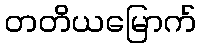
တတိယမြောက်